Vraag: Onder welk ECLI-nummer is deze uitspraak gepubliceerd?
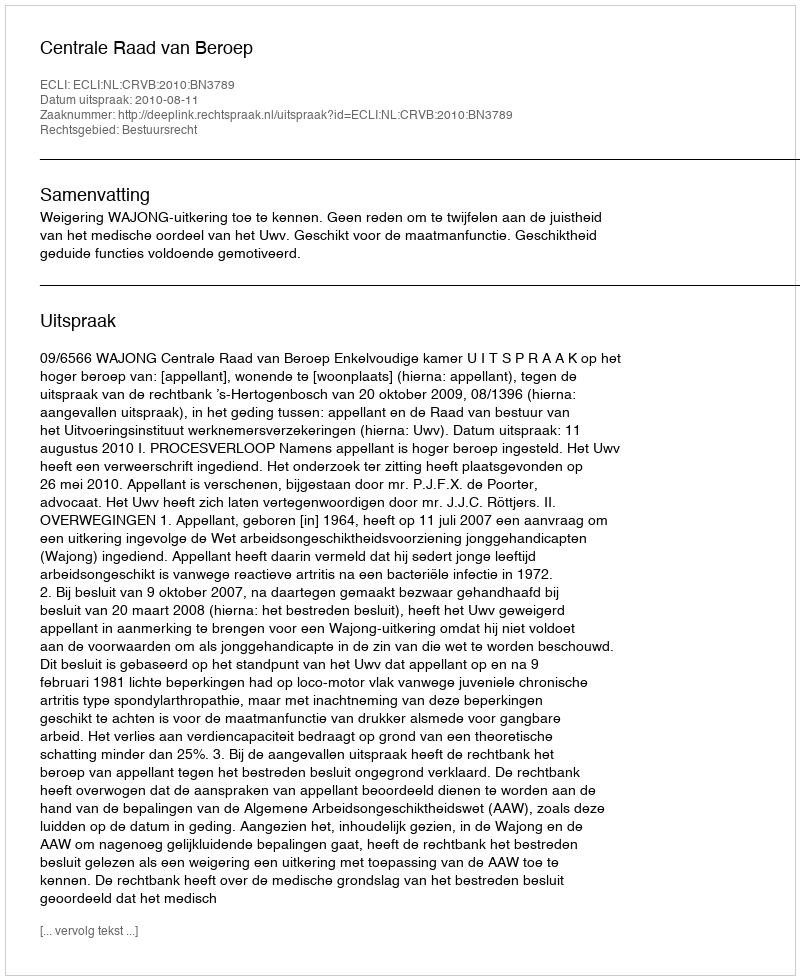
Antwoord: ECLI:NL:CRVB:2010:BN3789